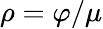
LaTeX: \rho=\varphi/\mu